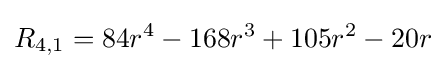
R_{4,1}=84r^{4}-168r^{3}+105r^{2}-20r